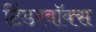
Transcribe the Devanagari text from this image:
टिंडरबॉक्स